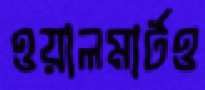
ওয়ালমার্টও